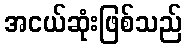
အငယ်ဆုံးဖြစ်သည်